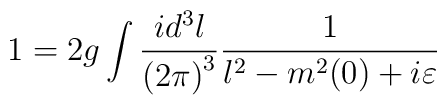
1=2g\int\frac{id^3l}{{(2\pi)}^3}\frac{1}{l^2-m^2(0)+i\varepsilon}